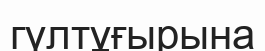
гүлтұғырына